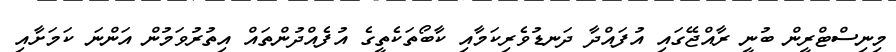
މިނިސްޓްރީން ބުނީ ރާއްޖޭގައި އުފައްދާ ދަނޑުވެރިކަމާއި ކާބޯތަކެތީގެ އުފެއްދުންތައް އިތުރުވަމުން އަންނަ ކަމަށާއި